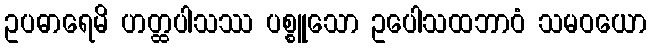
ဥပဓာရေမိ ဟတ္ထပါသဿ ပစ္စူသော ဥပေါသထဘာဝံ သမဝယော